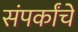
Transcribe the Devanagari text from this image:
संपर्कांचे